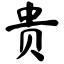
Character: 贵